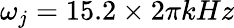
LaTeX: \omega_{j}=15.2\times 2\pi kHz